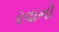
રવાનો